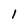
Character: 1